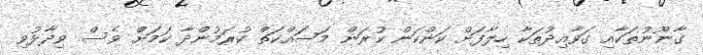
ގާނޫނުތަކާއި ގަވާއިދުތަކާ ހިލާފަށް ކަންކަން ކުރަން މަސައްކަތް ކުރަމުންދާ ކަމަށް ވެސް ވިދާޅުވި